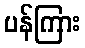
ပန်ကြား